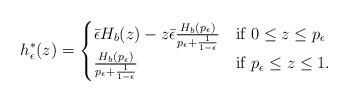
LaTeX: \begin{align*} h_{\epsilon}^{\ast}(z) = \begin{cases} \bar{\epsilon}H_b(z) - z\bar{\epsilon}\frac{H_b(p_\epsilon)}{p_\epsilon+\frac{1}{1-\epsilon}} &\mbox{if } 0 \leq z \leq p_{\epsilon} \\ \frac{H_b(p_\epsilon)}{p_\epsilon+\frac{1}{1-\epsilon}} & \mbox{if } p_{\epsilon} \leq z \leq 1. \end{cases}\end{align*}